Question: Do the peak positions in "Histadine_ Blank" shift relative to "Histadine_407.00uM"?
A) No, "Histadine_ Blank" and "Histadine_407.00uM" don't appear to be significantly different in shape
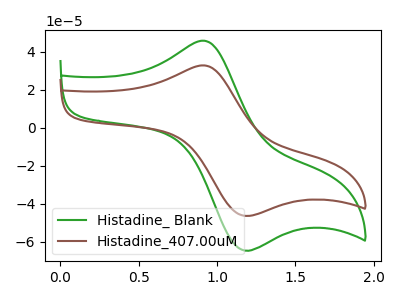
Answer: <think>The green curve "Histadine_ Blank" has an anodic peak at (0.90V, 45.95uA) and a cathodic peak at (1.15V, -64.15uA). The brown curve "Histadine_407.00uM" has an anodic peak at (0.90V, 32.95uA) and a cathodic peak at (1.15V, -46.00uA).
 All the peaks in "Histadine_ Blank" have a peak in "Histadine_407.00uM" at the same potential. Every peak in "Histadine_ Blank" is higher than every peak in "Histadine_407.00uM".</think>
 <answer>A) No, "Histadine_ Blank" and "Histadine_407.00uM" don't appear to be significantly different in shape</answer>
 <eval>A</eval>